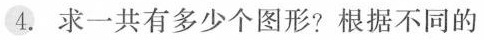
④. 求一共有多少个图形?根据不同的